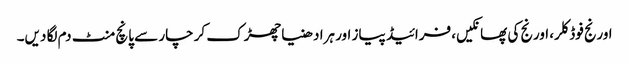
اورنج فوڈ کلر، اورنج کی پھانکیں، فرائیڈ پیاز اور ہرا دھنیا چھڑک کر چار سے پانچ منٹ دم لگا دیں۔